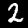
Digit: 2